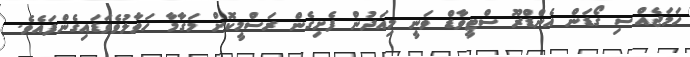
ހަމަޖެއްސި ގޯޑަން އެންޑްރޫ ސްޓީވާޑް ވަނީ މިއަދުން ފެށިގެން ރަސްމީކޮށް މަގާމާ ހަވާލުވެވަޑައިގެންފައެވެ.